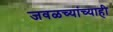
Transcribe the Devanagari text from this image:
जवळच्यांच्याही